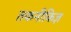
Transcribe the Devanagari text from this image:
तकनीकिज्ञ